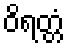
ဝိရတ္တံ